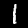
Label: 1